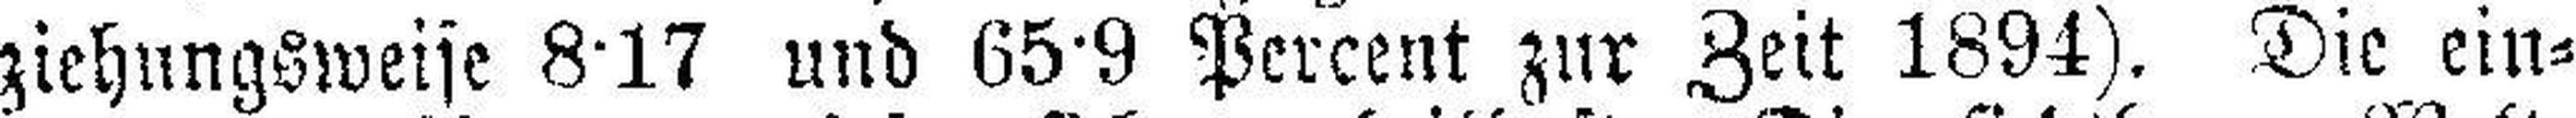
ziehungsweise 8·17 und 65·9 Percent zur Zeit 1894). Die ein¬